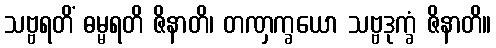
သဗ္ဗရတိံ ဓမ္မရတိ ဇိနာတိ၊ တဏှက္ခယော သဗ္ဗဒုက္ခံ ဇိနာတိ။